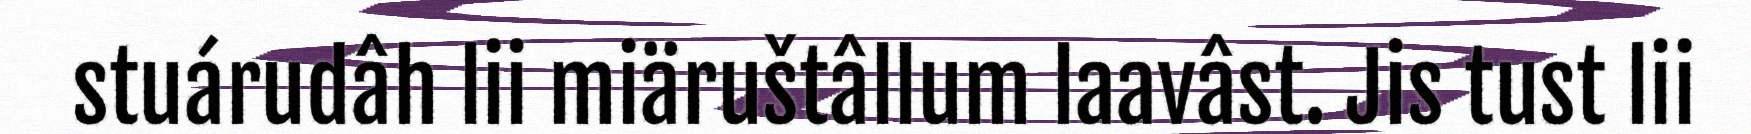
stuárudâh lii miäruštâllum laavâst. Jis tust lii